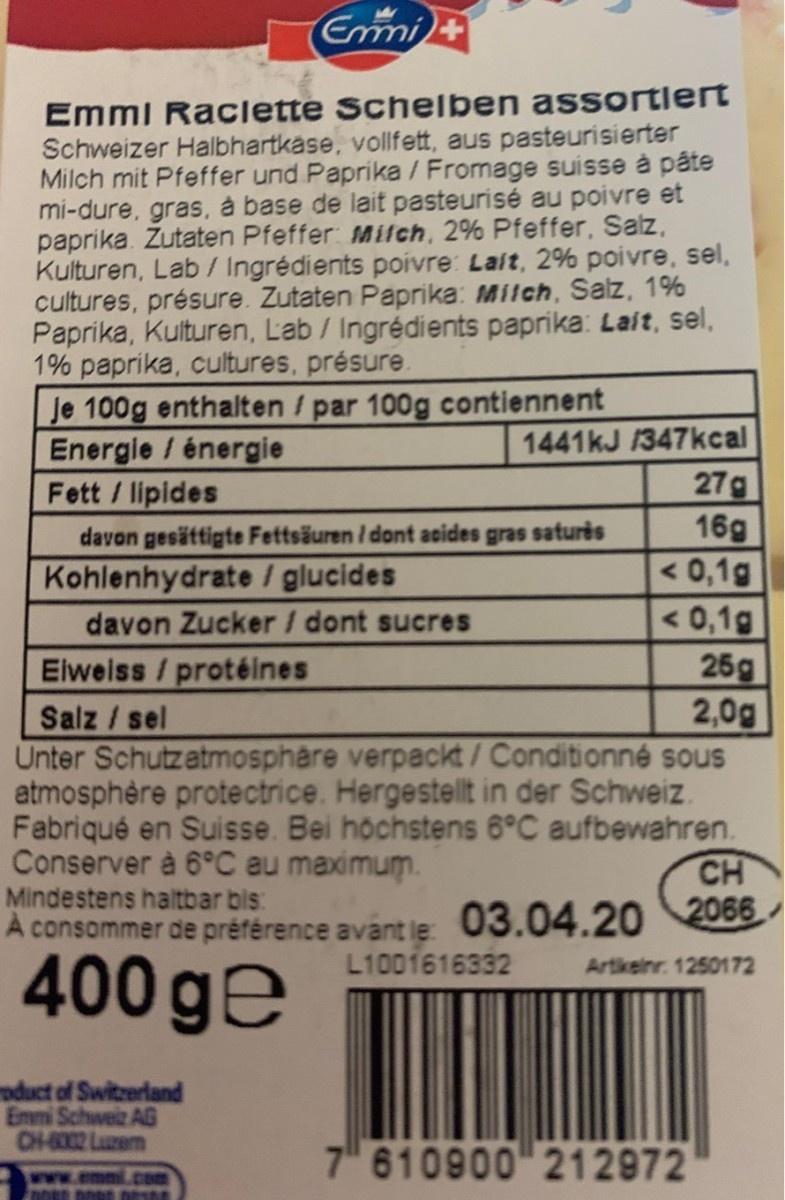
Emi+ Emmi Raclette Schelben assortlert Schweizer Halbhartkase, vollfett, aus pasteurisierter Milch mit Pfeffer und Paprika / Fromage suisse à pâte mi-dure, gras, à base de lait pasteurisé au poivre et paprika. Zutaten Pfeffer: Mitch, 2% Pfeffer, Salz, Kulturen, Lab / Ingrédients poivre: Lait, 2% poivre, sel, cultures, présure. Zutaten Paprika: Milch, Salz, 1% Paprika, Kulturen, Lab / Ingrédients paprika: Lait, sel, 1% paprika, cultures, présure. Je 100g enthalten / par 100g contiennent Energie / énergie Fett / lipides 1441kJ /347kcal 27g 16g <0,1g davon gesättigte Fettsäuren i dont acides gras saturis Kohlenhydrate I glucides davon Zucker / dont sucres <0,1g 25g 2,0g Elweiss / protéines Salz / sel Unter Schutzatmosphare verpackt/Conditionné sous atmosphère protectrice. Hergestellt in der Schweiz. Fabriqué en Suisse. Bei höchstens 6°C aufbewahren. Conserver à 6°C au maximum. Mindestens haltbar bis: À consommer de préférence avant le CH 2066 03.04.20 L1001616332 400 ge Artkelnr. 1250172 oduct of Switzerland Emmi Schweiz AG CH-6002 Luzem 7" 610900" 212972 com